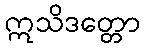
ဣသိဒတ္တော